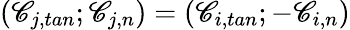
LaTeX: (\mathscr{C}_{j,tan};\mathscr{C}_{j,n})=(\mathscr{C}_{i,tan};-\mathscr{C}_{i,n})